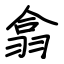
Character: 翕